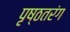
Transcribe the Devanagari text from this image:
पृष्ठतरंग